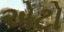
એટો